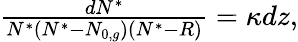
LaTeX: \begin{array}{r}{\frac{dN^{*}}{N^{*}(N^{*}-N_{0,g})(N^{*}-R)}=\kappa dz,}\end{array}